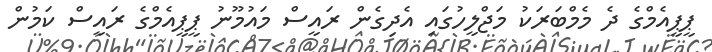
ޕީޕީއެމްގެ ދެ މެމްބަރަކު މަޖްލީހުގައި އެދިގެން ރަައީސް މައުމޫނު ޕީޕީއެމްގެ ރައީސް ކަމުން